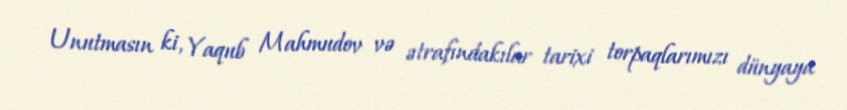
Unutmasın ki, Yaqub Mahmudov və ətrafındakılar tarixi torpaqlarımızı dünyaya